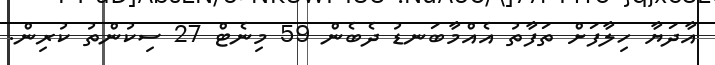
އާދަޔާ ހިލާފަށް ތަފާތު އެއްމާބަނޑު ދެބެން 59 މިނެޓް 27 ސިކުންތު ކުރިން.